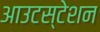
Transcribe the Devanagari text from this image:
आउटस्टेशन